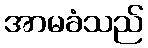
အာမခံသည်